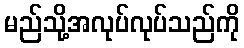
မည်သို့အလုပ်လုပ်သည်ကို